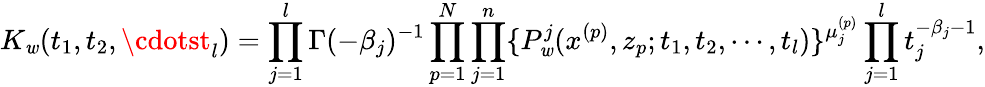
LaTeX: K_{\mathit{w}}(t_{1},t_{2},\cdotst_{l})=\prod_{j=1}^{l}\Gamma(-\beta_{j})^{-1}\prod_{p=1}^{N}\prod_{j=1}^{n}\{ P_{\mathit{w}}^{j}(x^{(p)},z_{p};t_{1},t_{2},\cdots,t_{l})\} ^{\mu_{j}^{(p)}}\prod_{j=1}^{l}t_{j}^{-\beta_{j}-1},